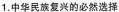
1.中华民族复兴的必然选择